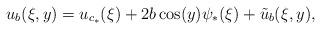
LaTeX: \begin{align*}u_b(\xi,y) = u_{c_*}(\xi) + 2 b \cos(y) \psi_*(\xi) + \tilde{u}_b(\xi,y),\end{align*}